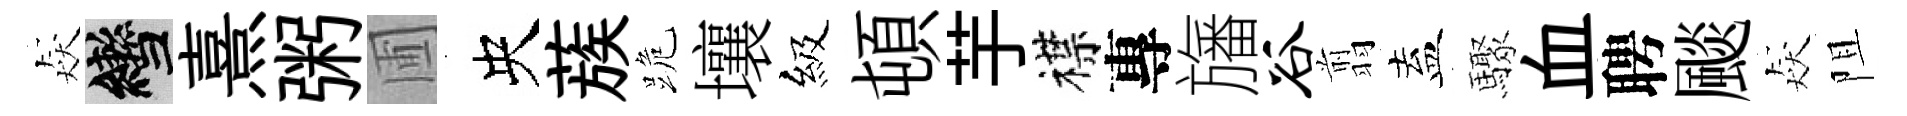
猋轡熹粥圃央蔟跪壤級頓芋襟專旛谷翦盍驟血聘颷猋阻